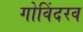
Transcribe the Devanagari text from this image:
गोविंदरव